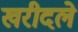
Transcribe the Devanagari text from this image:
खरीदले